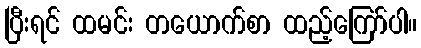
ပြီးရင် ထမင်း တယောက်စာ ထည့်ကြော်ပါ။